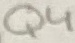
Text: Q4